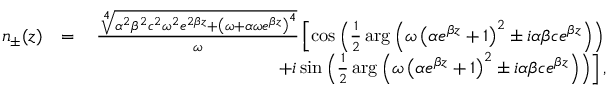
\begin{array} { r l r } { n _ { \pm } ( z ) } & { = } & { \frac { \sqrt [ 4 ] { \alpha ^ { 2 } \beta ^ { 2 } c ^ { 2 } \omega ^ { 2 } e ^ { 2 \beta z } + \left( \omega + \alpha \omega e ^ { \beta z } \right) ^ { 4 } } } { \omega } \left[ \cos \left( \frac { 1 } { 2 } \arg \left( \omega \left( \alpha e ^ { \beta z } + 1 \right) ^ { 2 } \pm i \alpha \beta c e ^ { \beta z } \right) \right) \right. } \\ & { } & { \qquad \qquad \qquad \qquad \qquad \left. + i \sin \left( \frac { 1 } { 2 } \arg \left( \omega \left( \alpha e ^ { \beta z } + 1 \right) ^ { 2 } \pm i \alpha \beta c e ^ { \beta z } \right) \right) \right] , } \end{array}